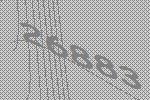
26883